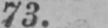
73.